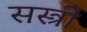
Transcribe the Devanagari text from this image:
सस्त्री